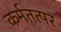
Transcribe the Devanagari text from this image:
कर्मतत्पर